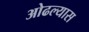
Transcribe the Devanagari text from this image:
ओढल्यास